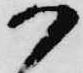
か